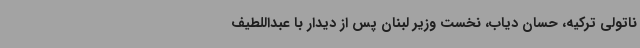
ناتولی ترکیه، حسان دیاب، نخست وزیر لبنان پس از دیدار با عبداللطیف